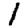
Digit: 1